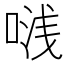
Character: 𭈟